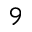
9